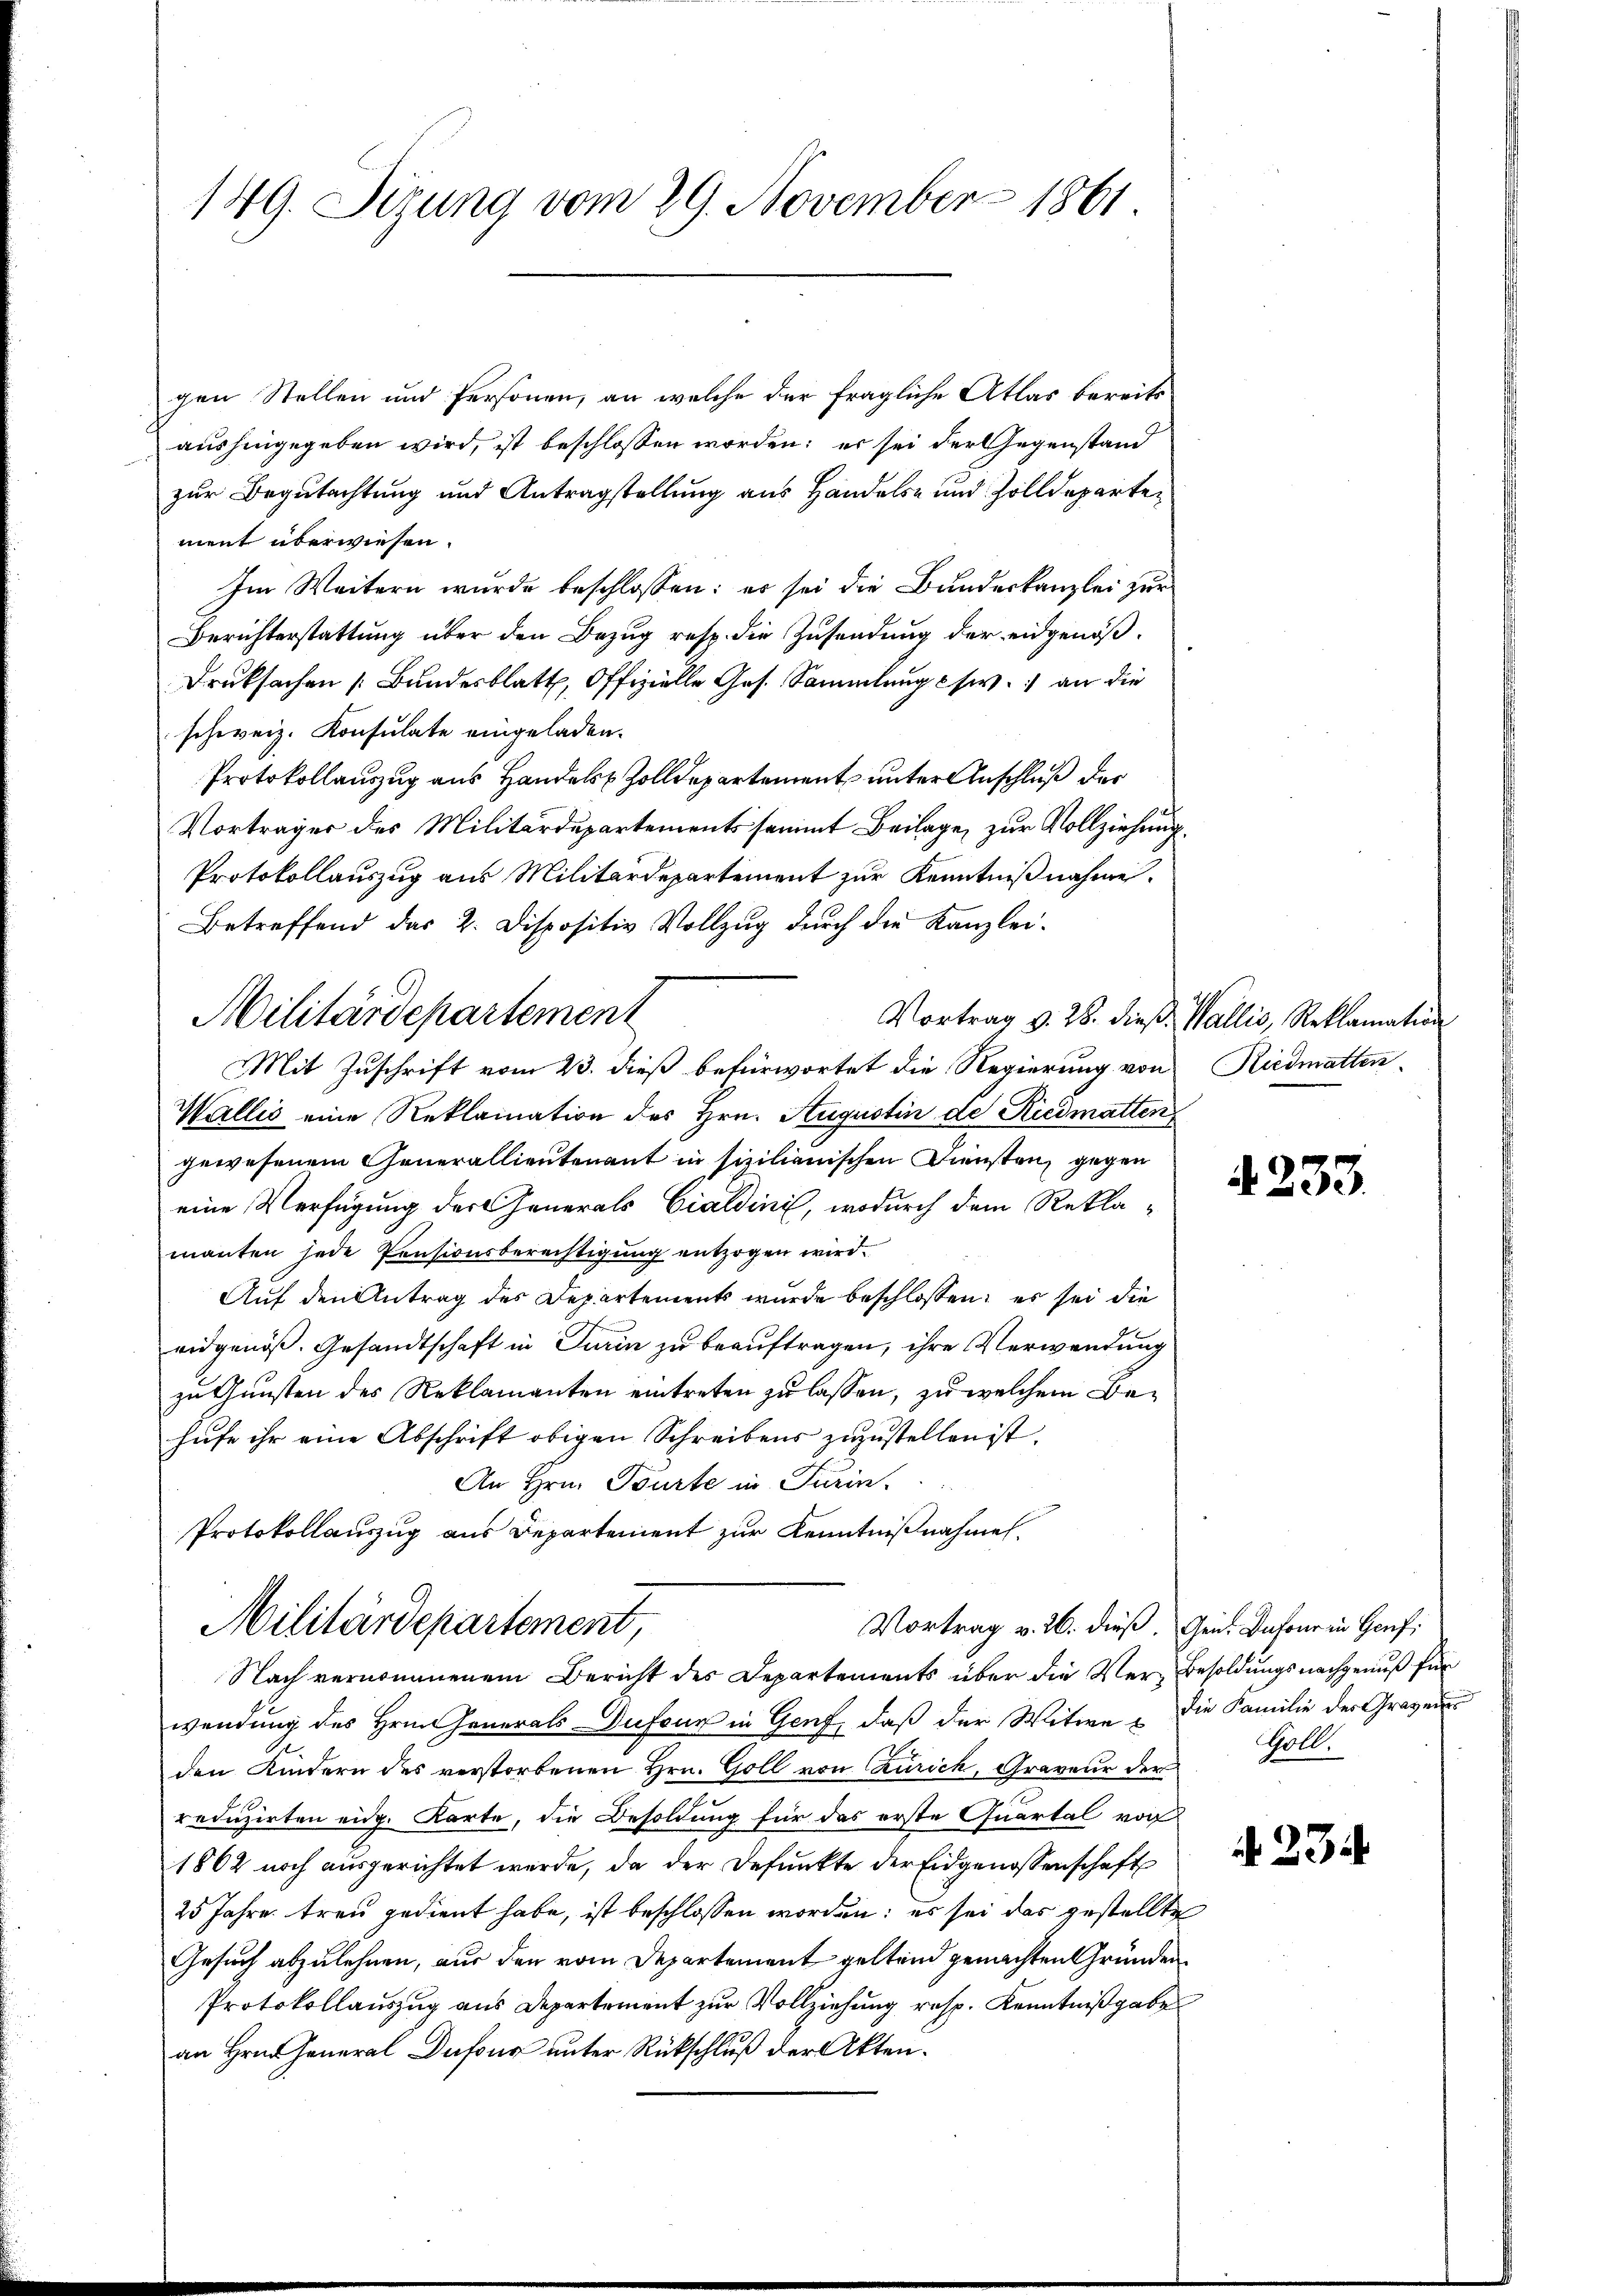
149. Sezung vom 29. November 1861

gen Stellen und Personen, an welche der fragliche Atlas bereits
aushingegeben wird, ist beschlossen worden; es sei der Gegenstand
zur Begutachtung und Antragstellung aus Handels- und Zolldepartement überwiesen.
Im Weitern wurde beschlossen: es sei die Bundeskanzlei zur
Berichterstattung über den Bezug resp. die Zusendung der eidgenöß¬
Druksachen Bundesblatt, Offizielle Ges. Sammlung w. an die
schweiz. Konsulate eingeladen.
Protokollauszug aus Handels Zolldepartement unter Anschluß der
Vorträger des Militärdepartements sammt Beilage, zur Vollziehung
Protokollauszug aus Militärdepartement zur Kenntniβnahme.
Betreffend das 2. Dispositiv Vollzug durch die Kanzlei-
Militärdepartement
Vortrag v. 28. dieß. Wallis, Reklamation
Mit Zuschrift vom 23. dieß befürwortet die Regierung von Riedmatten
Wallis eine Reklamation des Hrn. Augustin de Riedmatten
gewesenem Generallieutenant in sizilianischen Diensten, gegen
eine Verfügung der Generals Cialdini, wodurch dem Rekla-
manten jede Pensionsberechtigung entzogen wird.
Auf den Antrag des Departements wurde beschlossen; es sei die
ridgenöß. Gesandtschaft in Turin zu beauftragen, ihre Verwendung
zu Gunsten des Reklamanten eintreten zu lassen, zu welchem Behufe ihr eine Abschrift obigen Schreibens zuzustellen ist.
An Hrn. Bourte in Turin.
Protokollauszug aus Departement zur Kenntnißnahmen.

Vortrag v. 26. dieß. Gen. Dafour in Genf,
Militärdepartement,

Nach vernommenem Bericht des Departements über die Ver- Besoldŭngsnachgenuß für
wendung des Hrn. Generals Dufour in Genf, daß der Witwe die Familie des Grazens
den Kindern des verstorbenen Hrn. Goll von Zürich, Graveur der
reduzirten eidg. Karte, die Besoldung für das erste Quartal von
1862 noch ausgerichtet werde, da der Befunkte der Eidgenossenschaft
25 Jahre treu gedient habe, ist beschlossen worden; es sei das gestellte
Gesuch abzulehnen, aus den vom Departement geltend gemachten Gründen
Protokollauszug aus Departement zur Vollziehung resp. Kenntnißgaben
an Hrn. General Dufour unter Rückschluß der Akten.

4233.

Goll.

N. 23